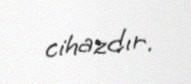
cihazdır.